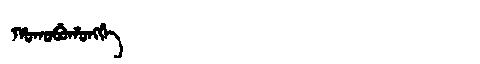
Manchu: ᡥᠣᡴᠣᠪᡠᡥᠣᠩᡤᡝ
Romanization: HOKOBUHONGGE